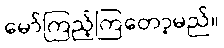
မော်ကြည့်ကြတော့မည်။